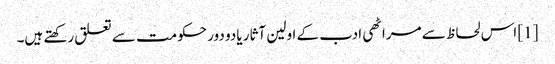
[1] اس لحاظ سے مراٹھی ادب کے اولین آثار یادو دور حکومت سے تعلق رکھتے ہیں۔